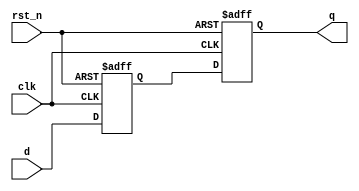

module DFF_Synch(
input clk, rst_n,
input d,
output reg q
); 

reg q0; 

always @(posedge clk or negedge rst_n) begin 
if (!rst_n) begin 
q0 <= 0; 
q  <= 0; 
end 
else begin 
q0 <= d; 
q  <= q0; 
end 

end 

endmodule 

// instance:
//  DFF_Synch inst_name (.clk(),.rst_n(), .d(), .q());